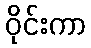
ဝိုင်းကာ